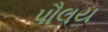
પૌલય